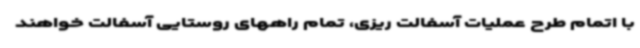
با اتمام طرح عملیات آسفالت ریزی، تمام راههای روستایی آسفالت خواهند